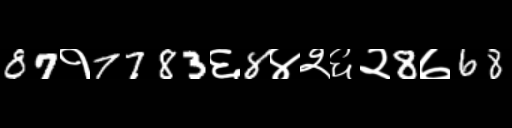
Text: 87१7783६8४२६२8७68